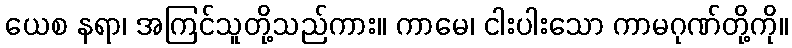
ယေစ နရာ၊ အကြင်သူတို့သည်ကား။ ကာမေ၊ ငါးပါးသော ကာမဂုဏ်တို့ကို။